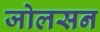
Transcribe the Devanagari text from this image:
जोलसन